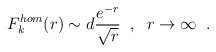
\begin{align*} F^{hom}_{k}(r)\sim d\frac{e^{-r}}{\sqrt{r}} \;\;,\;\;r\rightarrow\infty \;\;.\end{align*}